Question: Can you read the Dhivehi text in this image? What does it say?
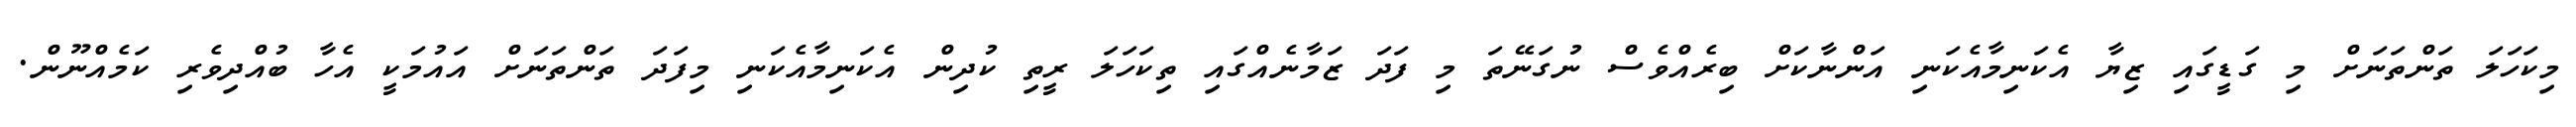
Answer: މިކަހަލަ ތަންތަނަށް މި ގަޑީގައި ޒިޔާ އެކަނިމާއެކަނި އަންނާކަށް ބިރެއްވެސް ނުގަނޭތަ މި ފަދަ ޒަމާނެއްގައި ތިކަހަލަ ރީތި ކުދިން އެކަނިމާއެކަނި މިފަދަ ތަންތަނަށް އައުމަކީ އެހާ ބުއްދިވެރި ކަމެއްނޫން.